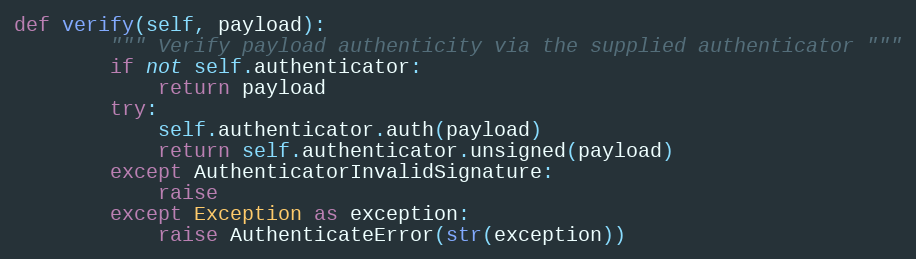
Language: Python
def verify(self, payload):
        """ Verify payload authenticity via the supplied authenticator """
        if not self.authenticator:
            return payload
        try:
            self.authenticator.auth(payload)
            return self.authenticator.unsigned(payload)
        except AuthenticatorInvalidSignature:
            raise
        except Exception as exception:
            raise AuthenticateError(str(exception))